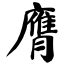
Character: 膺